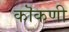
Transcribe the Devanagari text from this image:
कॊकणी